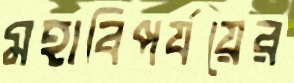
মহাবিপর্যয়ের